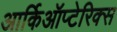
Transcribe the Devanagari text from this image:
आर्किऑप्टेरिक्स